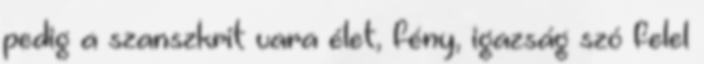
pedig a szanszkrit vara élet, fény, igazság szó felel